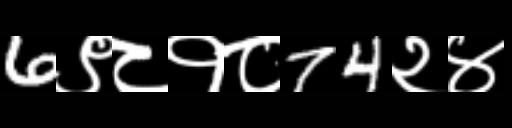
Text: 6९८१८74२४